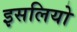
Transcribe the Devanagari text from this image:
इसलियो